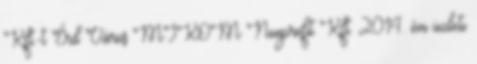
Kft.-t Érd Város MIKOM Nonprofit Kft. 2014. évi üzleti